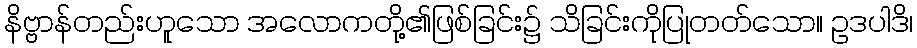
နိဗ္ဗာန်တည်းဟူသော အလောကတို့၏ဖြစ်ခြင်း၌ သိခြင်းကိုပြုတတ်သော။ ဥဒပါဒိ၊